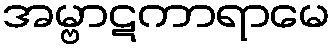
အမ္ဗာဋကာရာမေ